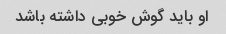
او باید گوش خوبی داشته باشد